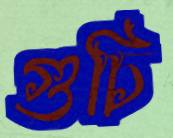
গুচি